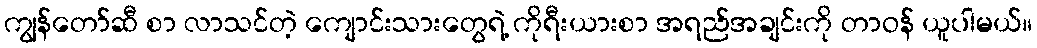
ကျွန်တော်ဆီ စာ လာသင်တဲ့ ကျောင်းသားတွေရဲ့ ကိုရီးယားစာ အရည်အချင်းကို တာဝန် ယူပါမယ်။